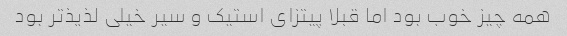
همه چیز خوب بود اما قبلا پیتزاى استیک و سیر خیلى لذیذ‌تر بود